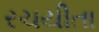
રચયીતા